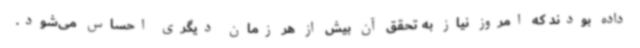
داده بودند که امروز نیاز به تحقق آن بیش از هر زمان دیگری احساس می‌شود.